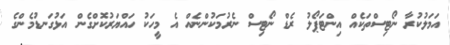
އަމަލުކުރާ ނޯޓިސްތަކެއް އިންޓަޕޯލު ރެޑް ނޯޓިސް ނެރުމަކުންނެއް އެ މީހަކު ހައްޔަރުކޮށްގެން އަޅުގަނޑުމެންގެ